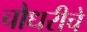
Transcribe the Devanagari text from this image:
चौधरीचे